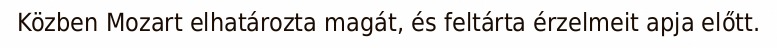
Közben Mozart elhatározta magát, és feltárta érzelmeit apja előtt.